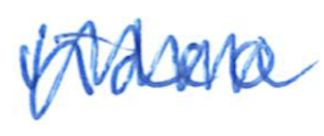
Text: video
Cross-out: zig-zag
Writing tool: ballpoint